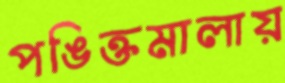
পঙিক্তমালায়